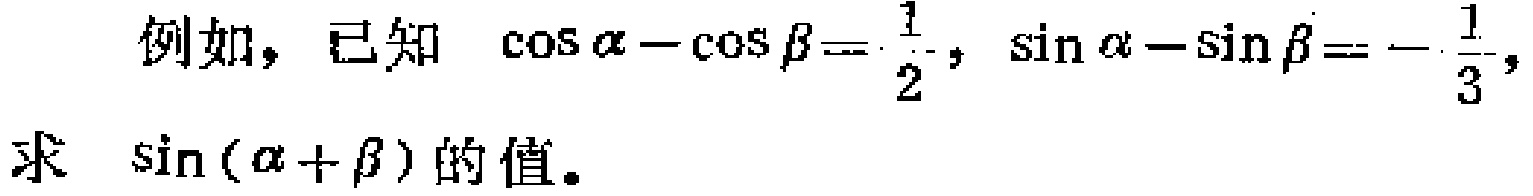
例如，已知 $\cos\alpha - \cos\beta = \frac{1}{2}$，$\sin\alpha - \sin\beta = -\frac{1}{3}$，
求 $\sin(\alpha + \beta)$ 的值。